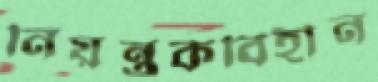
নিয়ন্ত্রকবিহীন